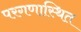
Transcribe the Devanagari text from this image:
परगणास्थित